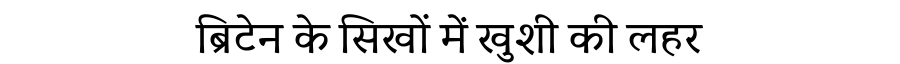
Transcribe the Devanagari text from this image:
ब्रिटेन के सिखों में खुशी की लहर